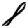
Digit: 8